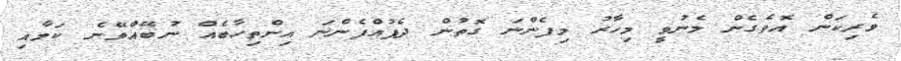
ވެރިކަން އޮވެގެން މެނުވީ މިހާރު މިފެންނަ ގޮތުން ދެފުއްފެންނަ އިންތިހާބެއް ނުބޭއްވޭނެ ކަމާއި